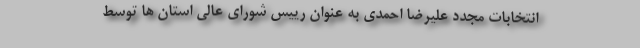
انتخابات مجدد علیرضا احمدی به عنوان رییس شورای عالی استان ها توسط